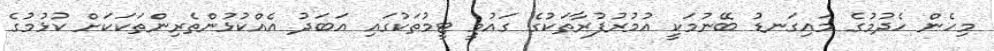
މިހެން ހެދުމުގެ މައިގަނޑު ބޭނުމަކީ އުމުރުފުރާތަކުގެ ގައުމީ ޓީމުތަކުގައި އަބަދު އެއްކުޅުންތެރިންތަކަކަށް ކުޅުމުގެ